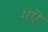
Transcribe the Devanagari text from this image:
गऎ